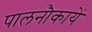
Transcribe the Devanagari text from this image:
पालनौकायें